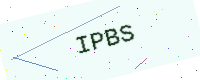
Text: IPBS